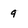
Character: 9